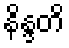
နိန္ဒတိ